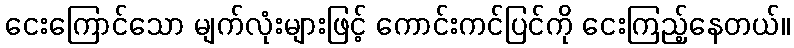
ငေးကြောင်သော မျက်လုံးများဖြင့် ကောင်းကင်ပြင်ကို ငေးကြည့်နေတယ်။